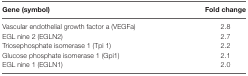
| Gene (symbol) | Fold change |
 | --- | --- |
 | Vascular endothelial growth factor a (VEGFa) | 2.8 |
 | EGL nine 2 (EGLN2) | 2.7 |
 | Triosephosphate isomerase 1 (Tpi 1) | 2.2 |
 | Glucose phosphate isomerase 1 (Gpi1) | 2.1 |
 | EGL nine 1 (EGLN1) | 2.0 |